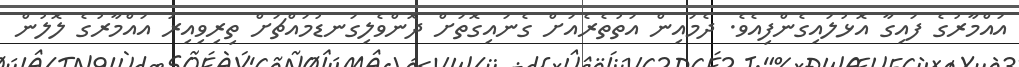
އައްމާރުގެ ފައިގާ އޮޅުލައިގެންފިއެވެ. ދެމައިން އަތުތެރެއަށް ގެނައިގޮތަށް ދޮންވެލިގަނޑުމައްޗަށް ތިރިވިއިރު އައްމާރުގެ ލޮލުން